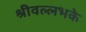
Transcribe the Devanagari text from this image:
श्रीवल्लभके